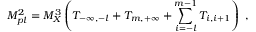
M _ { p l } ^ { 2 } = M _ { X } ^ { 3 } \left( T _ { - \infty , - l } + T _ { m , + \infty } + \sum _ { i = - l } ^ { m - 1 } T _ { i , i + 1 } \right) ~ , ~ \,